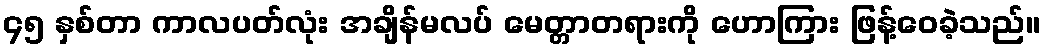
၄၅ နှစ်တာ ကာလပတ်လုံး အချိန်မလပ် မေတ္တာတရားကို ဟောကြား ဖြန့်ဝေခဲ့သည်။